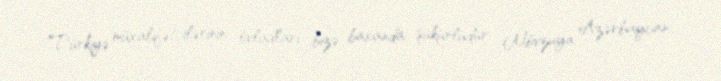
Türkiyə müxalifətçilərinin övladları bizə baxanda şükürlüdür Mövzuya Azərbaycan